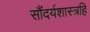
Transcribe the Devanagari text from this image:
सौंदर्यशास्त्रहि